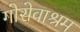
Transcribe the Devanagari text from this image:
गोसेवाश्रम